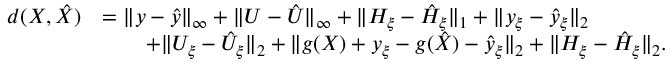
\begin{array} { r l } { d ( X , \hat { X } ) } & { = \| y - \hat { y } \| _ { \infty } + \| U - \hat { U } \| _ { \infty } + \| H _ { \xi } - \hat { H } _ { \xi } \| _ { 1 } + \| y _ { \xi } - \hat { y } _ { \xi } \| _ { 2 } } \\ & { \qquad + \| U _ { \xi } - \hat { U } _ { \xi } \| _ { 2 } + \| g ( X ) + y _ { \xi } - g ( \hat { X } ) - \hat { y } _ { \xi } \| _ { 2 } + \| H _ { \xi } - \hat { H } _ { \xi } \| _ { 2 } . } \end{array}